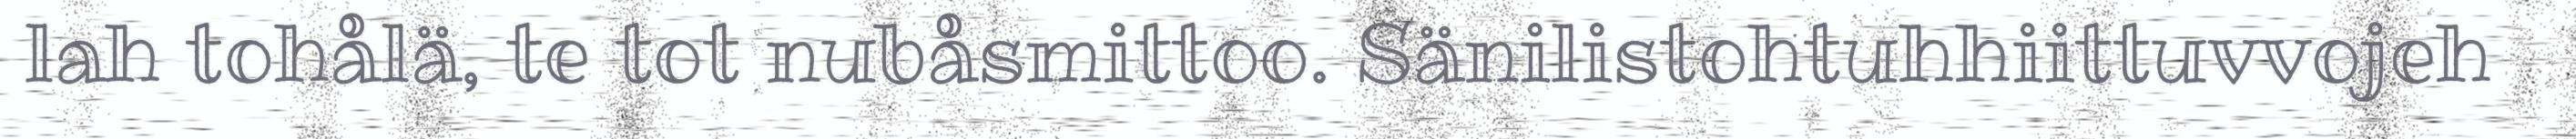
lah tohålä, te tot nubåsmittoo. Sänilistohtuhhiittuvvojeh